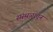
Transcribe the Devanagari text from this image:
संस्थळातून